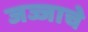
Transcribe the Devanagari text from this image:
जज्जाचे